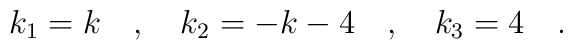
k_1=k\quad ,\quad k_2=-k-4\quad ,\quad k_3=4\quad .